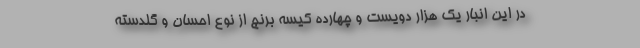
در این انبار یک هزار دویست و چهارده کیسه برنج از نوع احسان و گلدسته